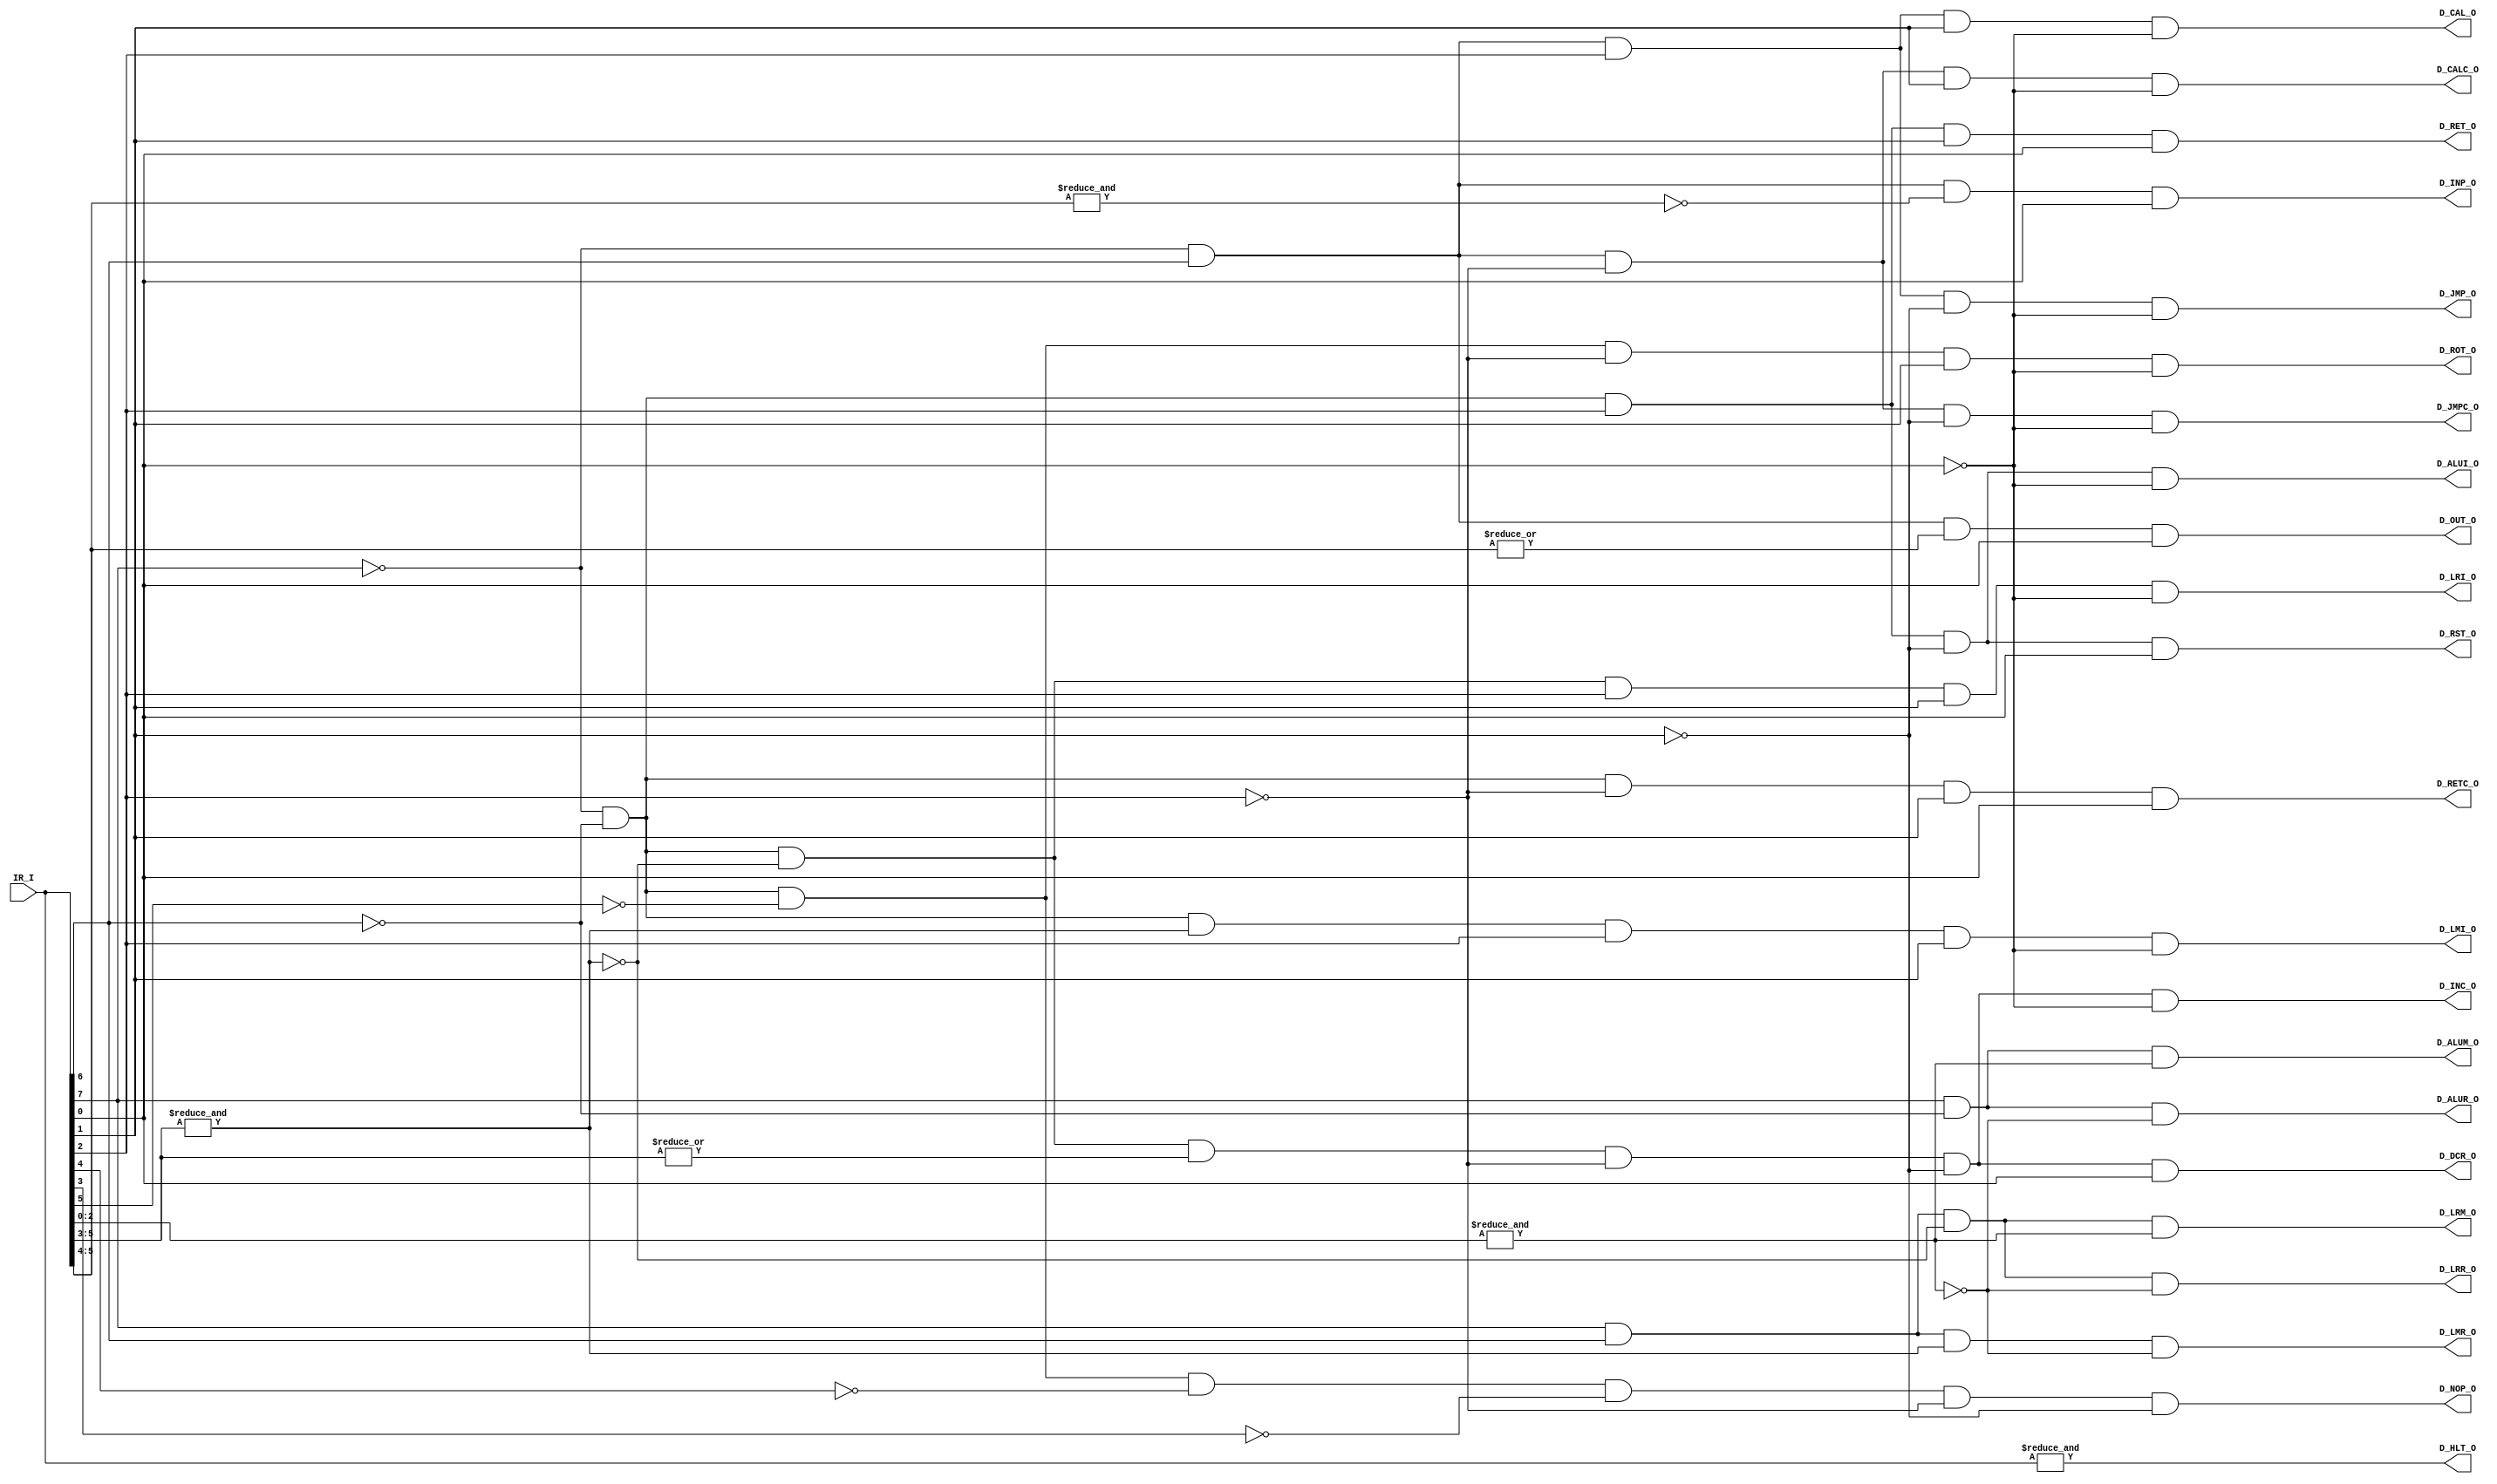
// **********
// COPYRIGHT(c) 2018, LUOYIN
// All rights reserved
// 
// IP LIB INDEX	:
// IP Name		: 
// File Name	: 
// Module Name	: 
// Full Name	: 
// 
// Author		: 
// Email		: 
// Data			: 
// Version		: 
//
// Abstract		: 
// Called By	: 
// 
// Modification Histroy
// 
// **********

// **********
// DEFINE MODEL PORT
// **********
//
module cpu_decode(
	IR_I,
	D_NOP_O, D_HLT_O,
	D_INC_O, D_DCR_O, D_ROT_O, D_RETC_O, D_ALUI_O, D_RST_O, D_LRI_O, D_LMI_O, D_RET_O,
	D_JMPC_O, D_CALC_O, D_JMP_O, D_CAL_O, D_INP_O, D_OUT_O,
	D_ALUR_O, D_ALUM_O,
	D_LRR_O, D_LRM_O, D_LMR_O
);

	// **********
	// DEFINE PARAMETER
	// **********

	// **********
	// DEFINE INPUT
	// **********
	input wire [7:0] IR_I;

	// **********
	// DEFINE OUTPUT
	// **********
	output wire D_NOP_O, D_HLT_O;
	output wire D_INC_O, D_DCR_O, D_ROT_O, D_RETC_O, D_ALUI_O, D_RST_O, D_LRI_O, D_LMI_O, D_RET_O;
	output wire D_JMPC_O, D_CALC_O, D_JMP_O, D_CAL_O, D_INP_O, D_OUT_O;
	output wire D_ALUR_O, D_ALUM_O;
	output wire D_LRR_O, D_LRM_O, D_LMR_O;

	// **********
	// ATRRIBUTE
	// **********
	wire wOP00, wOP01, wOP10, wOP11;

	// **********
	// INSTANCE MODULE
	// **********
	assign wOP00		= (~IR_I[7])&(~IR_I[6]);
	assign wOP01 		= (~IR_I[7])&( IR_I[6]);
	assign wOP10 		= ( IR_I[7])&(~IR_I[6]);
	assign wOP11 		= ( IR_I[7])&( IR_I[6]);
	// NOP:			0000000x
	assign D_NOP_O		= (wOP00)&(~IR_I[5])&(~IR_I[4])&(~IR_I[3])&(~IR_I[2])&(~IR_I[1]);
	// HLT:			11111111
	assign D_HLT_O		= &IR_I;
	// INC:			00DDD000
	assign D_INC_O		= (wOP00)&(~(&IR_I[5:3]))&(|IR_I[5:3])&(~IR_I[2])&(~IR_I[1])&(~IR_I[0]);
	// DCR:			00DDD001
	assign D_DCR_O		= (wOP00)&(~(&IR_I[5:3]))&(|IR_I[5:3])&(~IR_I[2])&(~IR_I[1])&( IR_I[0]);
	// ROT:			000xx010
	assign D_ROT_O		= (wOP00)&(~IR_I[5])&(~IR_I[2])&( IR_I[1])&(~IR_I[0]);
	// RETC:		00CCC011
	assign D_RETC_O		= (wOP00)&(~IR_I[2])&( IR_I[1])&( IR_I[0]);
	// ALUI:		00PPP100
	assign D_ALUI_O		= (wOP00)&( IR_I[2])&(~IR_I[1])&(~IR_I[0]);
	// RST:			00AAA101
	assign D_RST_O		= (wOP00)&( IR_I[2])&(~IR_I[1])&( IR_I[0]);
	// LRI:			00DDD110
	assign D_LRI_O		= (wOP00)&(~(&IR_I[5:3]))&( IR_I[2])&( IR_I[1])&(~IR_I[0]);
	// LMI:			00111110
	assign D_LMI_O		= (wOP00)&(&IR_I[5:3])&( IR_I[2])&( IR_I[1])&(~IR_I[0]);
	// RET:			00xxx111
	assign D_RET_O		= (wOP00)&( IR_I[2])&( IR_I[1])&( IR_I[0]);
	// JMPC:		01CCC000
	assign D_JMPC_O		= (wOP01)&(~IR_I[2])&(~IR_I[1])&(~IR_I[0]);
	// CALC:		01CCC010
	assign D_CALC_O		= (wOP01)&(~IR_I[2])&( IR_I[1])&(~IR_I[0]);
	// JMP:			01CCC100
	assign D_JMP_O		= (wOP01)&( IR_I[2])&(~IR_I[1])&(~IR_I[0]);
	// CAL:			01CCC110
	assign D_CAL_O		= (wOP01)&( IR_I[2])&( IR_I[1])&(~IR_I[0]);
	// INP:			0100MMM1
	assign D_INP_O		= (wOP01)&(~(&IR_I[5:4]))&( IR_I[0]);
	// OUT:			01RRMMM1
	assign D_OUT_O		= (wOP01)&(|IR_I[5:4])&( IR_I[0]);
	// ALUR:		10PPPSSS
	assign D_ALUR_O		= (wOP10)&(~(&IR_I[2:0]));
	// ALUM:		10PPP111
	assign D_ALUM_O		= (wOP10)&(&IR_I[2:0]);
	// LRR:			11DDDSSS
	assign D_LRR_O		= (wOP11)&(~(&IR_I[5:3]))&(~(&IR_I[2:0]));
	// LRM:			11DDD111
	assign D_LRM_O		= (wOP11)&(~(&IR_I[5:3]))&(&IR_I[2:0]);
	// LMR:			11111SSS
	assign D_LMR_O		= (wOP11)&(&IR_I[5:3])&(~(&IR_I[2:0]));
	
	// **********
	// MAIN CODE
	// **********
	
endmodule